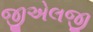
જીએલજી